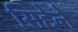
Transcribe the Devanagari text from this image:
सिद्देने